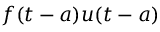
f ( t - a ) u ( t - a )